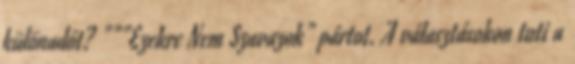
különadót? """Ezekre Nem Szavazok" pártot. A választásokon tuti a